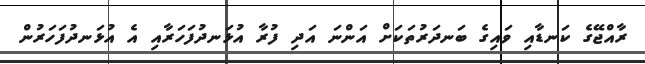
ރާއްޖޭގެ ކަނޑާއި ވައިގެ ބަނދަރުތަކަށް އަންނަ އަދި ފުރާ އުޅަނދުފަހަރާއި އެ އުޅަނދުފަހަރުން